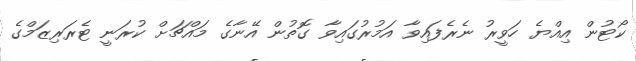
ކޯޓުން އިއްޔެ ހަވީރު ނެރެފައިވާ އަމުރުގައިވާ ގޮތުން އޭނާގެ މައްޗަށް ކުރަނީ ޓެރަރިޒަމްގެ